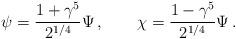
LaTeX: \begin{align*}\psi=\frac{1+\gamma^5}{2^{1/4}}\Psi\,,\qquad\chi=\frac{1-\gamma^5}{2^{1/4}}\Psi\,.\end{align*}